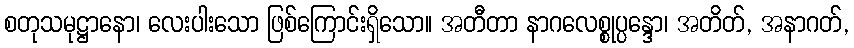
စတုသမုဋ္ဌာနော၊ လေးပါးသော ဖြစ်ကြောင်းရှိသော။ အတီတာ နာဂလေစ္စုပ္ပန္ဒော၊ အတိတ်, အနာဂတ်,